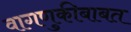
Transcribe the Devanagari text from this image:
वागणुकीबाबत